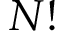
N !